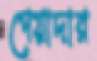
পেয়াদার